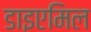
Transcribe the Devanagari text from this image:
डाइएमिल